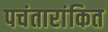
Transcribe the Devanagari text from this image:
पचंतारांकित